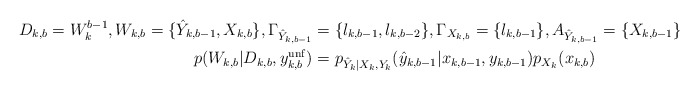
\begin{align*}D_{k,b}=W_{k}^{b-1}, W_{k,b}=\{\hat{Y}_{k,b-1}, X_{k,b}\}, \Gamma_{\hat{Y}_{k,b-1}}&=\{l_{k,b-1},l_{k,b-2}\},\Gamma_{X_{k,b}}=\{l_{k,b-1}\},A_{\hat{Y}_{k,b-1}}=\{X_{k,b-1}\} \\p(W_{k,b}|D_{k,b}, y_{k,b}^{\mathrm{unf}})&=p_{\hat{Y}_k|X_k,Y_k}(\hat{y}_{k,b-1}|x_{k,b-1},y_{k,b-1})p_{X_k}(x_{k,b}) \end{align*}